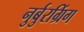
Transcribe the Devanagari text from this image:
नुर्बुरग्रिंग